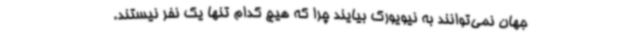
جهان نمی‌توانند به نیویورک بیایند چرا که هیچ کدام تنها یک نفر نیستند.